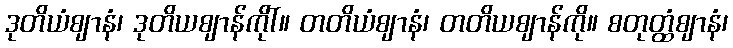
ဒုတိယံဈာနံ၊ ဒုတိယဈာန်ကိုါ်။ တတိယံဈာနံ၊ တတိယဈာန်ကို။ စတုတ္ထံဈာနံ၊